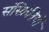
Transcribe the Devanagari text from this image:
संस्क्रितियों